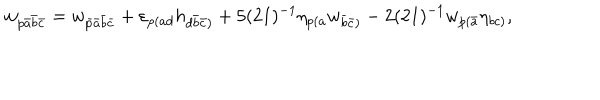
w _ { p \bar { a } \bar { b } \bar { c } } = w _ { \bar { p } \bar { a } \bar { b } \bar { c } } + \varepsilon _ { p ( a d } h _ { d \bar { b } \bar { c } ) } + 5 ( 2 1 ) ^ { - 1 } \eta _ { p ( a } w _ { \bar { b } \bar { c } ) } - 2 ( 2 1 ) ^ { - 1 } w _ { p ( \bar { a } } \eta _ { b c ) } ,